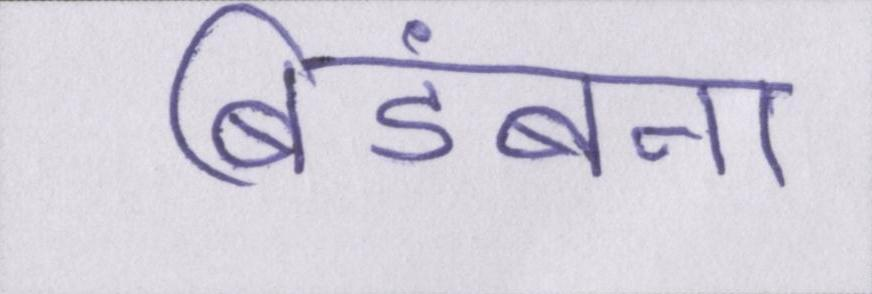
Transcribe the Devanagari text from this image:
बिडंबना